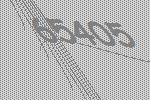
65405